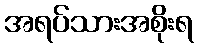
အရပ်သားအစိုးရ